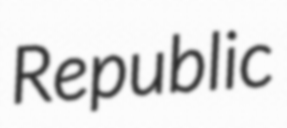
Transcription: Republic